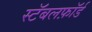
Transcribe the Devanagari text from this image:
स्टॅबलफ़ॉर्ड